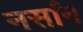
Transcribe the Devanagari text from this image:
नर्सान